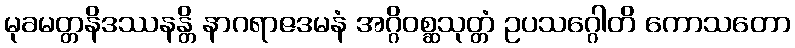
မုခမတ္တနိဒဿနန္တိ နာဂရာဇဒမနံ အဂ္ဂိဝစ္ဆသုတ္တံ ဥပသဂ္ဂေါတိ ကောသတော